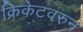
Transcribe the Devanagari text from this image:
क्रिकेटवरुन